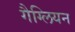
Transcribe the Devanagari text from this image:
गैग्लियन